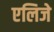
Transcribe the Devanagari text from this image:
एलिजे